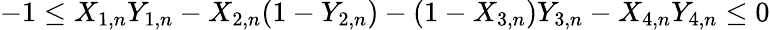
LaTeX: -1\le X_{1,n}Y_{1,n}-X_{2,n}(1-Y_{2,n})-(1-X_{3,n})Y_{3,n}-X_{4,n}Y_{4,n}\le 0